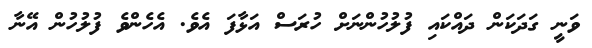
ވަނީ ގަދަކަން ދައްކައި ފުލުހުންނަށް ހުރަސް އަޅާފަ އެވެ. އެހެންވެ ފުލުހުން އޭނާ